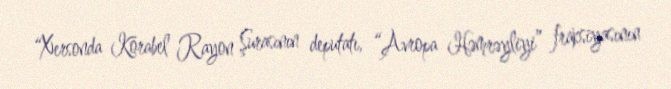
“Xersonda Korabel Rayon Şurasının deputatı, “Avropa Həmrəyliyi” fraksiyasının